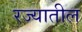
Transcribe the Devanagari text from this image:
रज्यातील